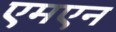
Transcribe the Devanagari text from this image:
एमएन